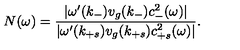
N ( \omega ) = \frac { | \omega ^ { \prime } ( k _ { - } ) v _ { g } ( k _ { - } ) c _ { - } ^ { 2 } ( \omega ) | } { | \omega ^ { \prime } ( k _ { + s } ) v _ { g } ( k _ { + s } ) c _ { + s } ^ { 2 } ( \omega ) | } .